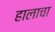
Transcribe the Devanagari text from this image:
हालाचा